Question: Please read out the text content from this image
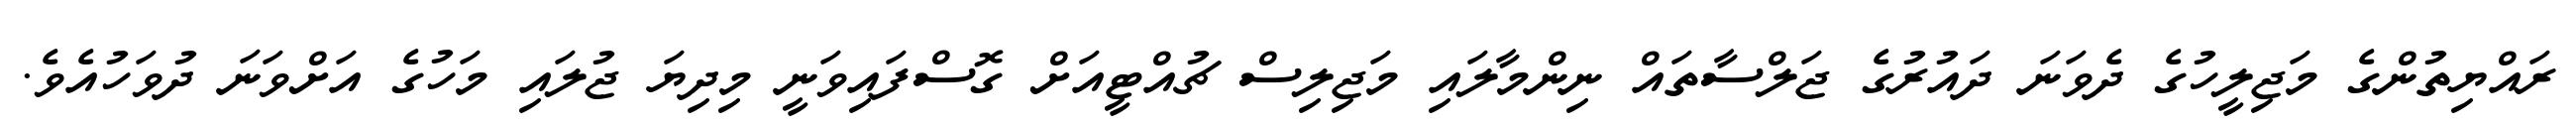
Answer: ރައްޔިތުންގެ މަޖިލީހުގެ ދެވަނަ ދައުރުގެ ޖަލްސާތައް ނިންމާލައި މަޖިލިސް ޗުއްޓީއަށް ގޮސްފައިވަނީ މިދިޔަ ޖުލައި މަހުގެ އަށްވަނަ ދުވަހުއެވެ.